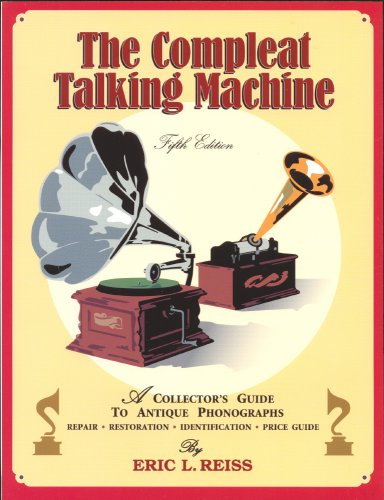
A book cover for The Compleat Talking Machine; A Collector's Guide to Antique Phonographs; Eric L. Reiss; Crafts, Hobbies & Home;